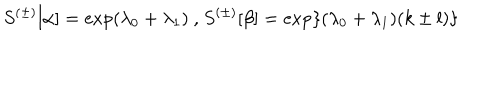
S ^ { ( \pm ) } [ \alpha ] = \exp ( \lambda _ { 0 } + \lambda _ { 1 } ) \mathrm { ~ , ~ } S ^ { ( \pm ) } [ \beta ] = \exp \{ ( \lambda _ { 0 } + \lambda _ { 1 } ) ( k \pm l ) \}